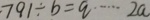
7 9 1 \div b = q \cdots 2 a